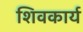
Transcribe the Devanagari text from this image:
शिवकार्य